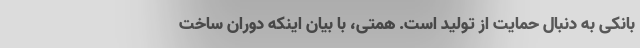
بانکی به دنبال حمایت از تولید است. همتی، با بیان اینکه دوران ساخت